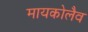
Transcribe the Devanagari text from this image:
मायकोलैव